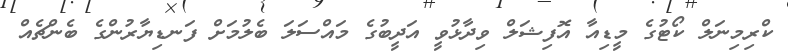
ކްރިމިނަލް ކޯޓުގެ މީޑިއާ އޮފިޝަލް ވިދާޅުވީ އަދީބުގެ މައްސަލަ ބެލުމަށް ފަނޑިޔާރުންގެ ބެންޗެއް